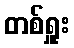
တစ်ရှူး